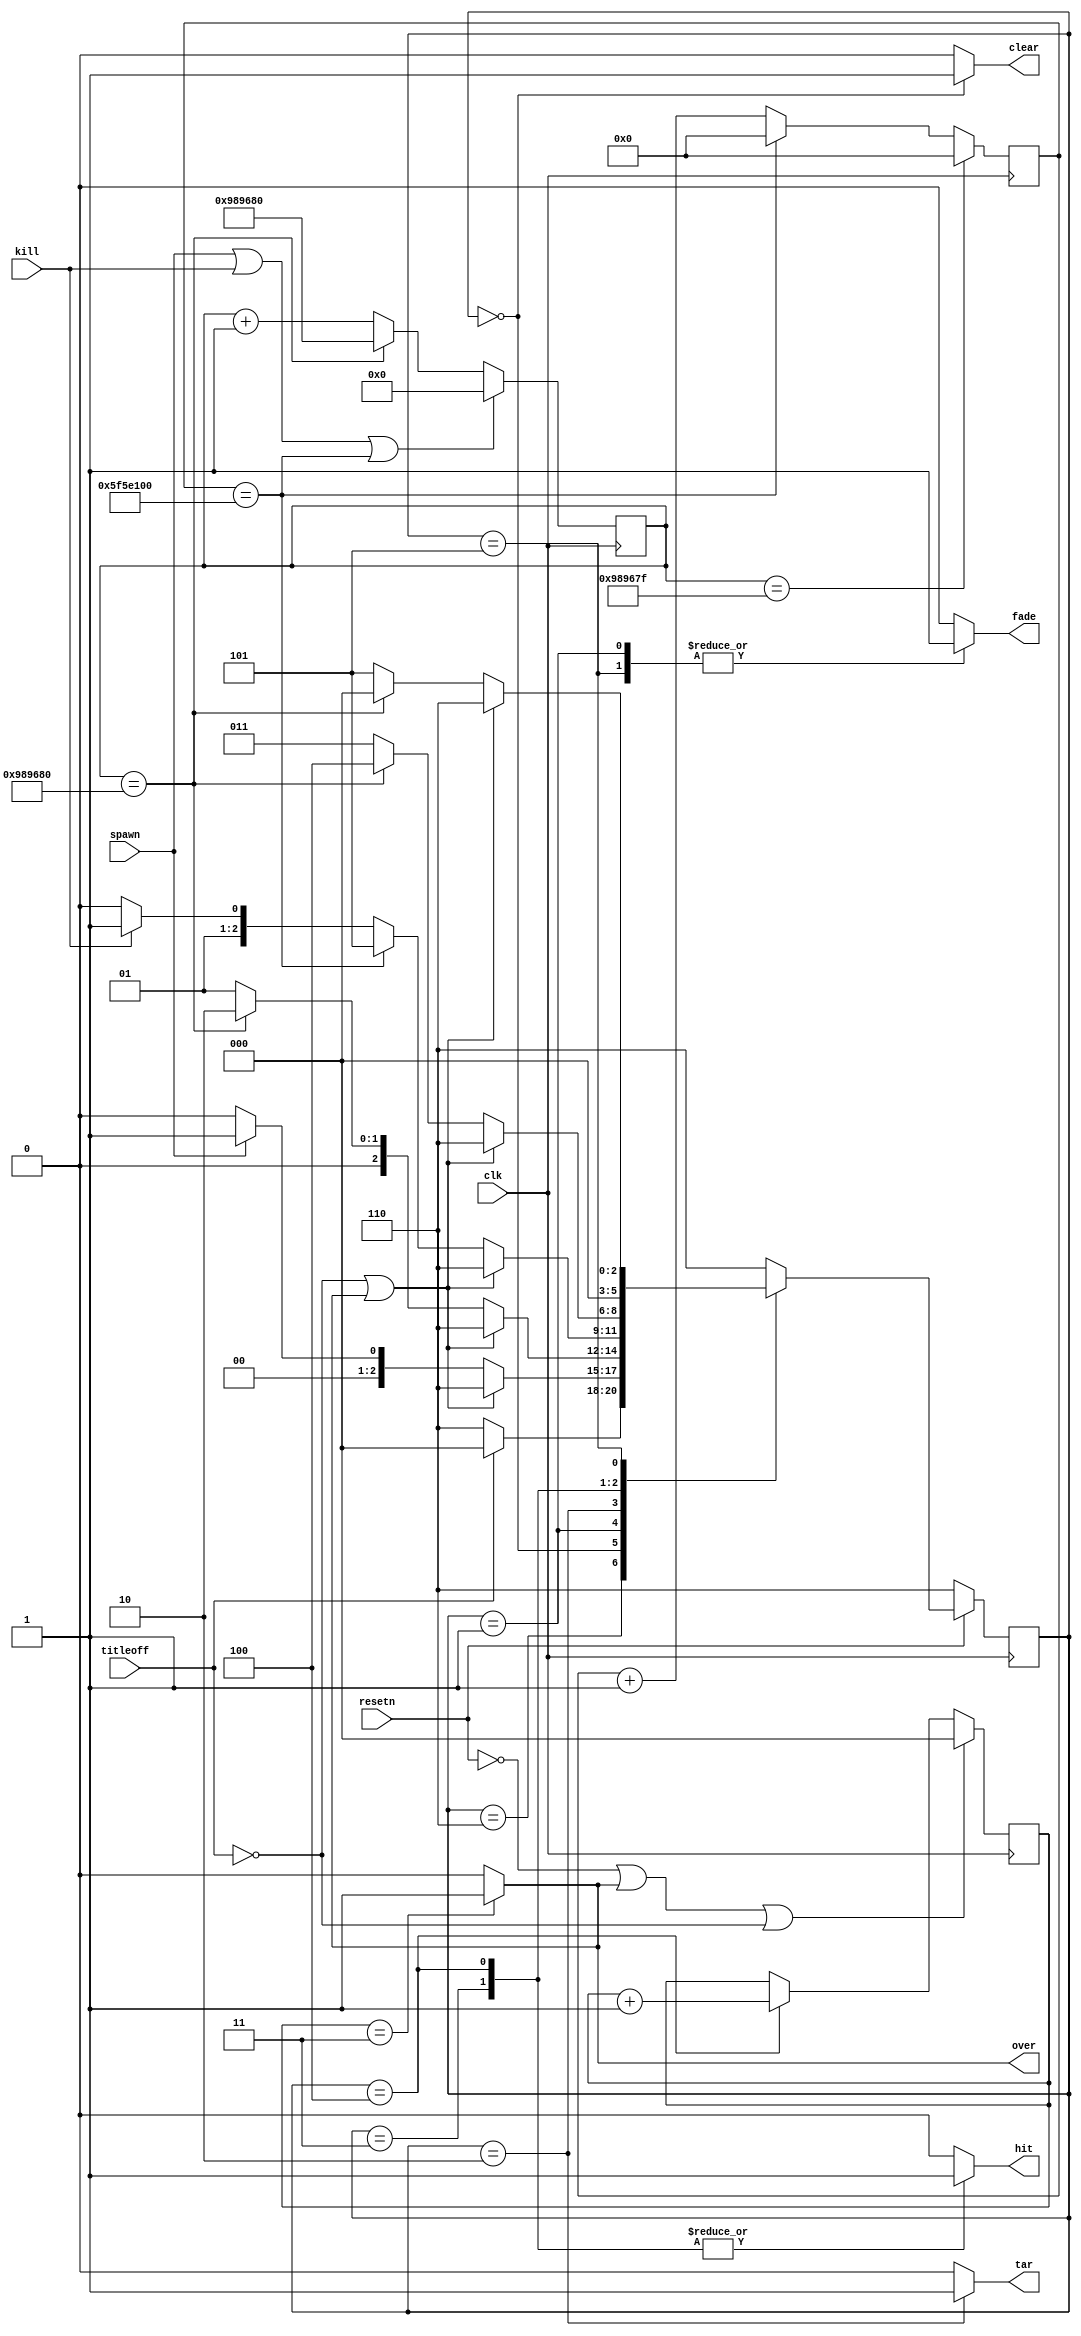
module BossFSM(resetn, clk, spawn, kill, over, titleoff, fade, tar, hit, clear);
	input resetn, clk, spawn, kill, titleoff;
	output reg fade, tar, hit, clear;
	output over;
	reg [2:0] hitcount;
	
	//BOSS PERIOD
	reg [27:0] flashclk;
	always @(posedge clk) begin
		if (fadeclk == 26'd9999999) flashclk <= 28'd0;
		else if (flashclk == 28'd100000000) flashclk <= 28'd0;
		else flashclk <= flashclk + 1'b1;
	end
	
	//fade period
	reg [25:0] fadeclk;
	always @(posedge clk) begin
		if (spawn || kill || flashclk == 28'd100000000) fadeclk <= 26'd0;
		else if (fadeclk == 26'd10000000) fadeclk <= 26'd10000000;
		else fadeclk <= fadeclk + 1'b1;
	end
	
	//FSM
	reg [2:0] current_state, next_state;
	localparam  S_CLEAR    = 3'd0,
					S_FADEIN	  = 3'd1,
					S_TAR		  = 3'd2,
					S_HIT      = 3'd3,
					S_HITCOUNT = 3'd4,
					S_FADEOUT  = 3'd5,
					S_WAIT	  = 3'd6;
	
	//State Table
	always@(*)
	begin
		case (current_state)
			S_WAIT:
				begin
				if(titleoff) next_state = S_CLEAR;
				else next_state = S_WAIT;
				end
			S_CLEAR:
				begin
					if(!titleoff || over) next_state = S_WAIT;
					else if(spawn) next_state = S_FADEIN;
					else next_state = S_CLEAR;
				end
			S_FADEIN:
				begin 
					if(!titleoff || over) next_state = S_WAIT;
					else if(fadeclk == 26'd10000000) next_state = S_TAR;
					else next_state = S_FADEIN;
				end
			S_TAR:
				begin
					if(!titleoff || over) next_state = S_WAIT;
					else if(flashclk == 28'd100000000) next_state = S_FADEOUT;
					else if(kill) next_state = S_HIT;
					else next_state = S_TAR;
				end
			S_HIT:
				begin
					if(!titleoff || over) next_state = S_WAIT;
					else if(fadeclk == 26'd10000000) next_state = S_HITCOUNT;
					else next_state = S_HIT;
				end
			S_HITCOUNT:
				begin
					next_state = S_CLEAR;
				end
			S_FADEOUT:
				begin 
					if(!titleoff || over) next_state = S_WAIT;
					else if(fadeclk == 26'd10000000) next_state = S_CLEAR;
					else next_state = S_FADEOUT;
				end
			default: next_state = S_WAIT;
		endcase
	end
	
	//Enable Signals
	always @(*)
	begin
		fade = 1'b0;
		tar = 1'b0;
		hit = 1'b0;
		clear = 1'b0;
		case (current_state)
			S_CLEAR: clear = 1'b1;
			S_FADEIN: fade = 1'b1;
			S_TAR: tar = 1'b1;
			S_HIT: hit = 1'b1;
			S_HITCOUNT: hit = 1'b1;
			S_FADEOUT: fade = 1'b1;
		endcase
	end
	
	//Hit counter
	always @(posedge clk) begin
		if (!resetn || over || !titleoff) hitcount <= 3'd0;
		else if (current_state == S_HITCOUNT) hitcount <= hitcount + 1'b1;
	end
	assign over = (hitcount == 3'd3) ? 1'b1 : 1'b0;

	
	//State FFs
	always@(posedge clk)
	begin: state_FFs
		if(!resetn)
			current_state <= S_WAIT;
		else
			current_state <= next_state;
	end
	
endmodule